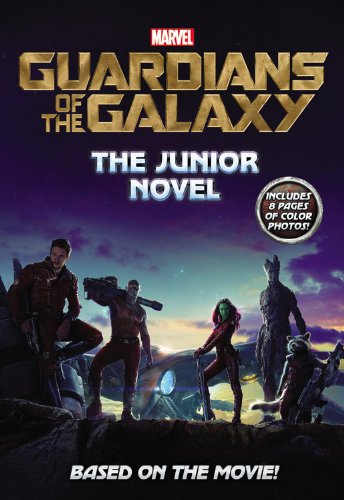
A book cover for Marvel's Guardians of the Galaxy: The Junior Novel (Marvel Guardians of the Galaxy); Chris Wyatt; Children's Books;